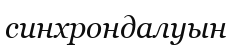
синхрондалуын